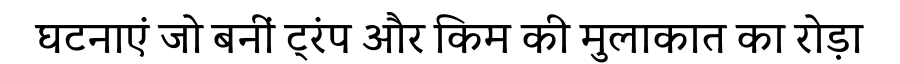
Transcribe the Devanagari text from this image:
घटनाएं जो बनीं ट्रंप और किम की मुलाकात का रोड़ा